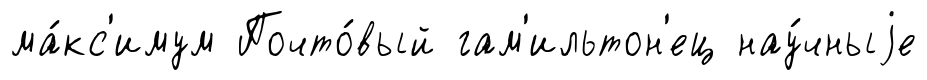
ма́кс'имум Почто́вый гам'ильтон'ец нау́чныjе